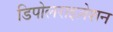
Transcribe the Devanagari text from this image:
डिपोलराइज़ेशन